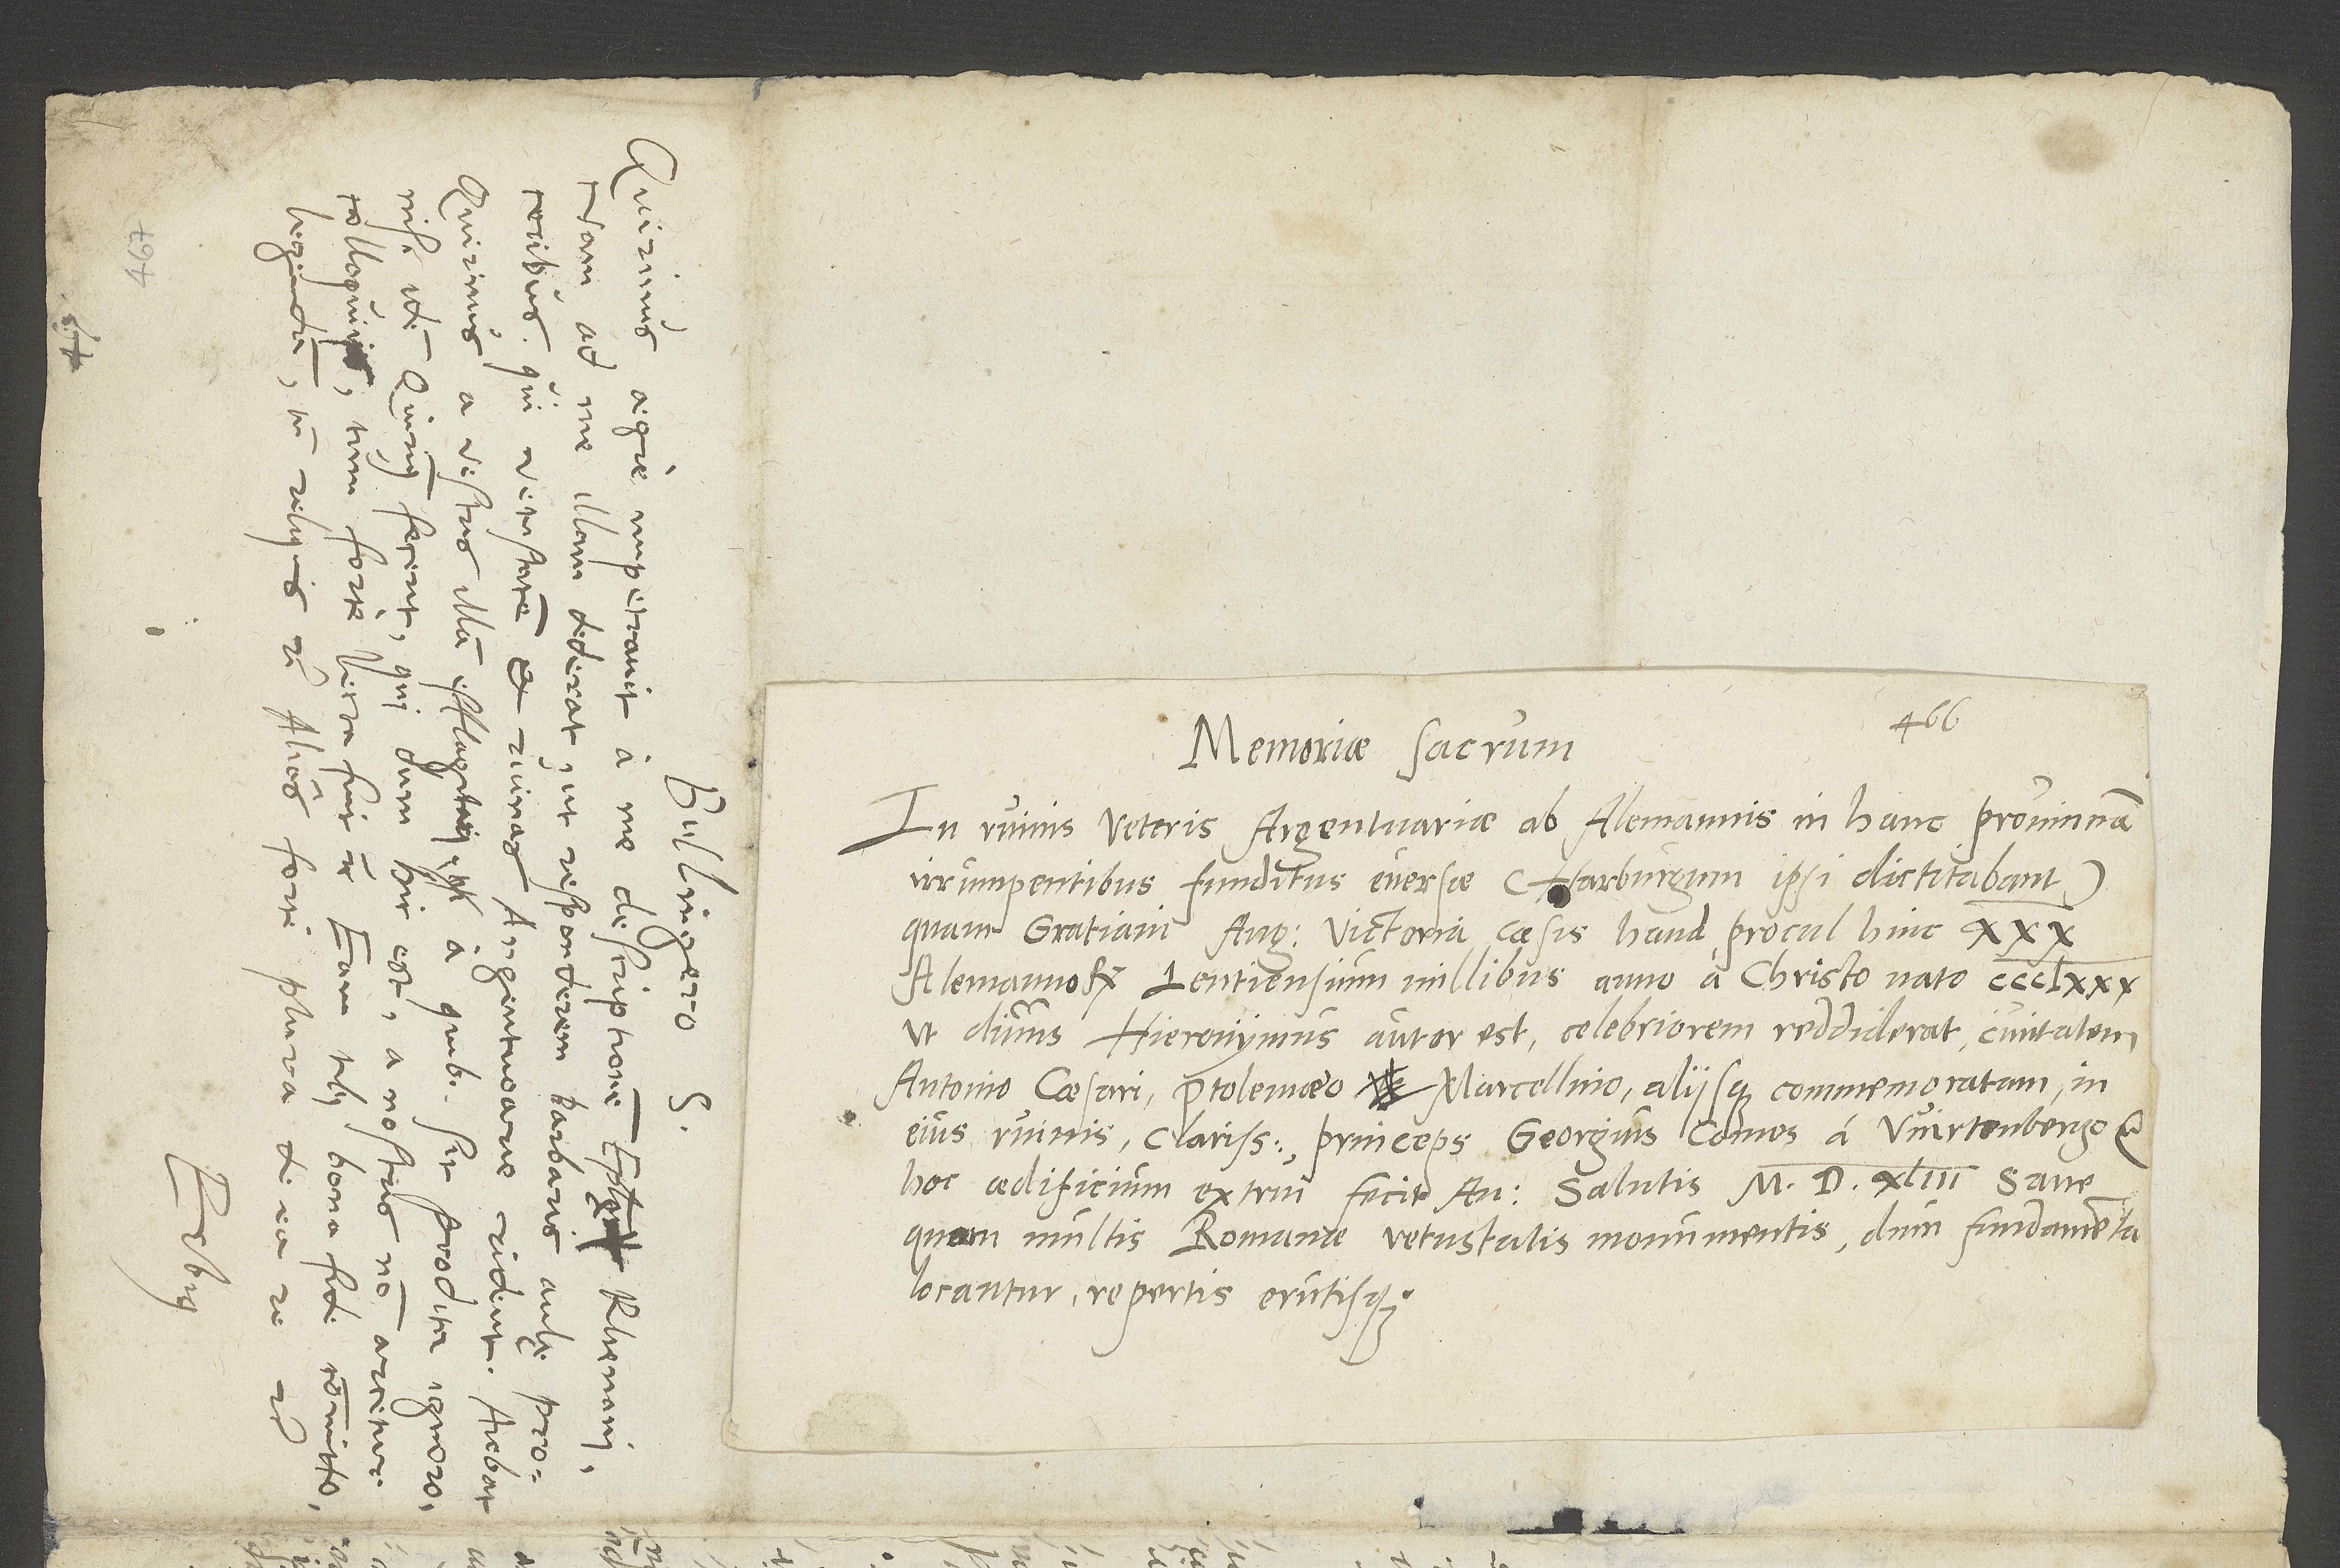
d.

S.